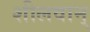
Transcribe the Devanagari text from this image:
शीलवान्